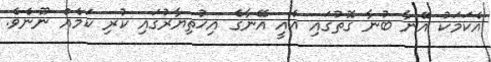
އެކަމަކު އޭނާ ބުނާ ގޮތުގައި އެއީ އޭނާގެ އިޚުތިޔާރުގައި ކުރި ކަމެއް ނޫނެވެ.